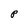
Character: P